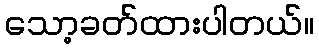
သော့ခတ်ထားပါတယ်။